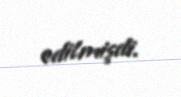
edilmişdi.